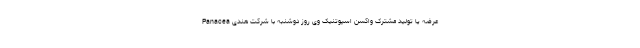
عرضه یا تولید مشترک واکسن اسپوتنیک وی روز دوشنبه با شرکت هندی Panacea